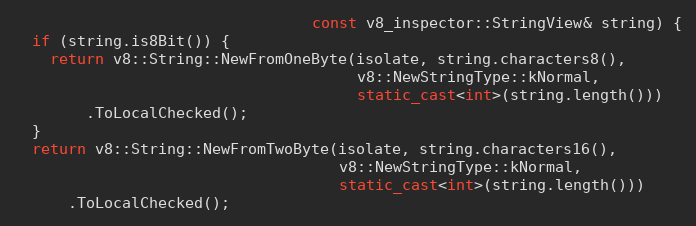
Language: C++
                                 const v8_inspector::StringView& string) {
  if (string.is8Bit()) {
    return v8::String::NewFromOneByte(isolate, string.characters8(),
                                      v8::NewStringType::kNormal,
                                      static_cast<int>(string.length()))
        .ToLocalChecked();
  }
  return v8::String::NewFromTwoByte(isolate, string.characters16(),
                                    v8::NewStringType::kNormal,
                                    static_cast<int>(string.length()))
      .ToLocalChecked();